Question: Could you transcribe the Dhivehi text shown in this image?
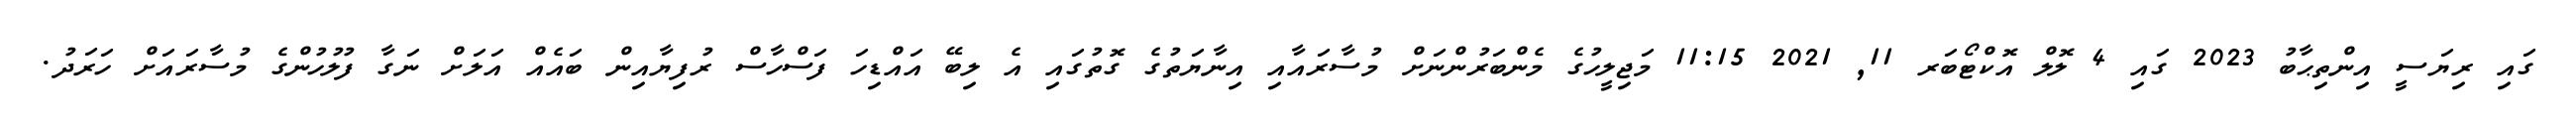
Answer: ގައި ރިޔަސީ އިންތިޙާބު 2023 ގައި 4 ލޮލް އޮކްޓޯބަރ 11, 2021 11:15 މަޖިލީހުގެ މެންބަރުންނަށް މުސާރައާއި އިނާޔަތުގެ ގޮތުގައި އެ ލިބޭ އައްޑިހަ ފަސްހާސް ރުފިޔާއިން ބައެއް އަލަށް ނަގާ ފުލުހުންގެ މުސާރައަށް ހަރަދު.